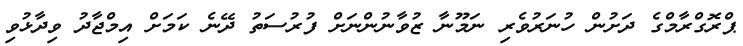
ޕްރޮގްރާމްގެ ދަށުން ހުނަރުވެރި ނަމޫނާ ޒުވާނުންނަށް ފުރުސަތު ދޭނެ ކަމަށް އިމްޖާދު ވިދާޅުވި